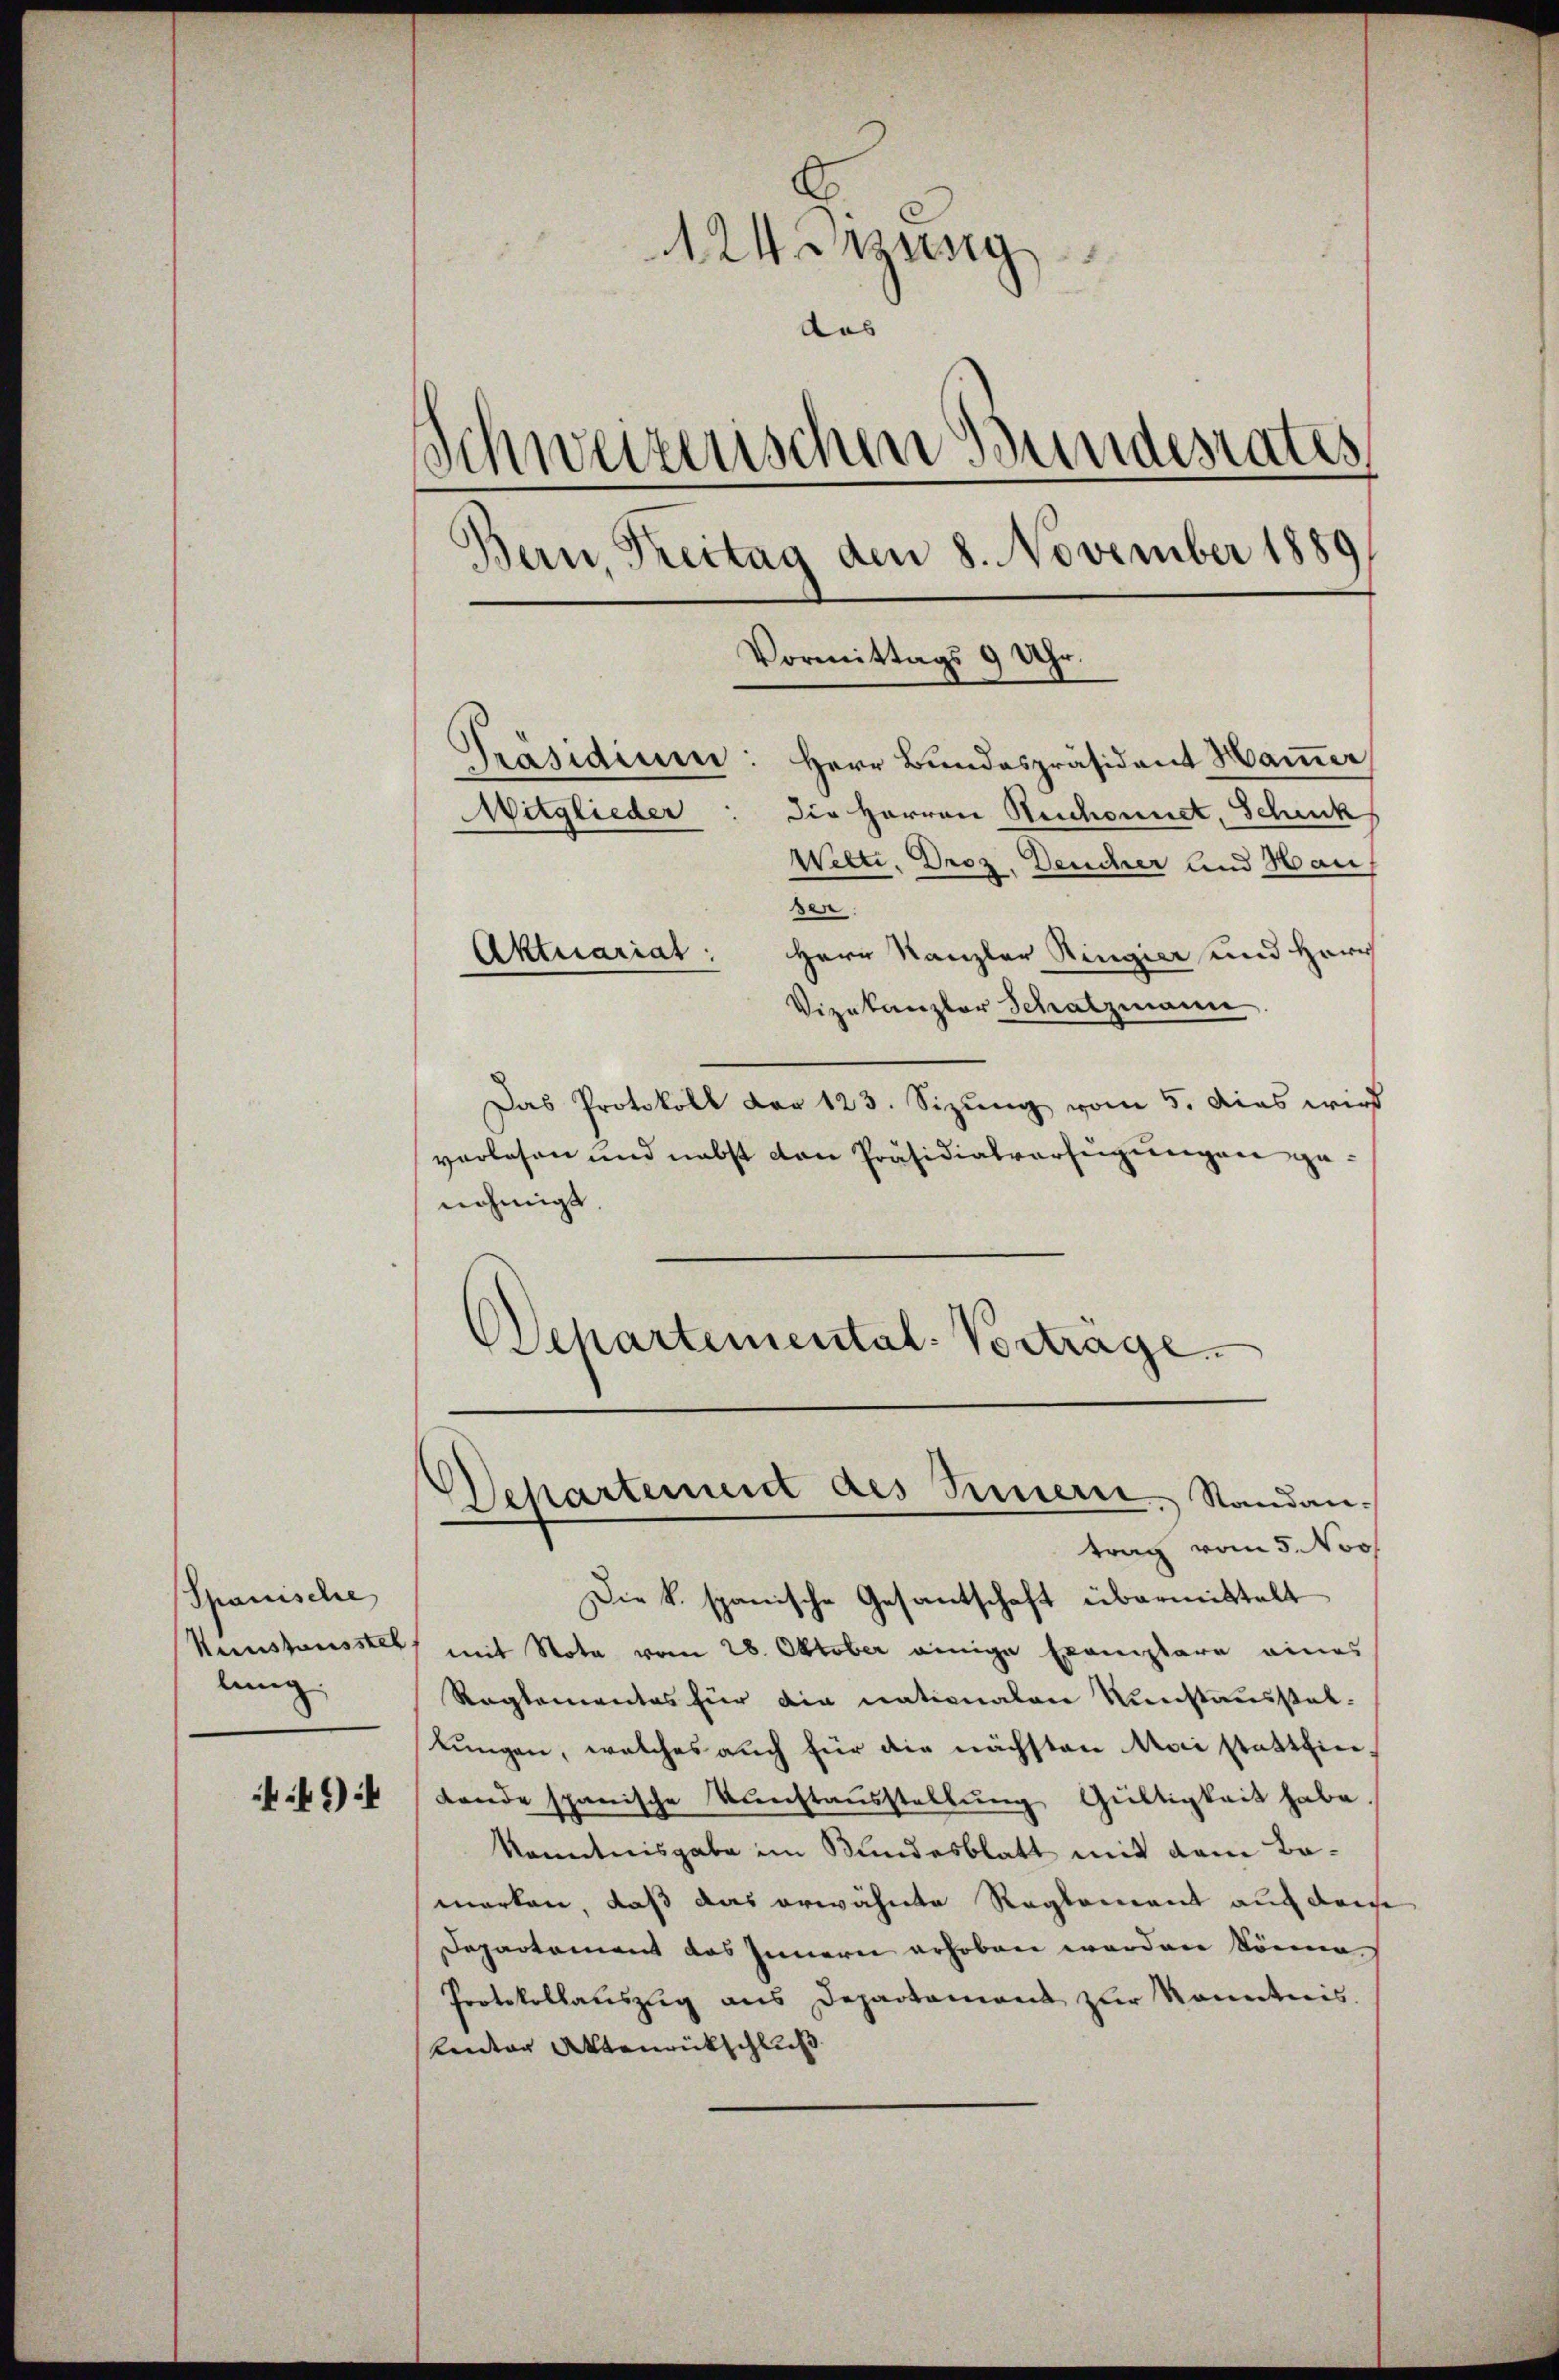
Spanische
Neustausstel
lung,

49

AWirung
das
Schweizerischen Bundesrates,
Bern, Brettag den 8. November 1889
Vormittags 9 Uhr.

Präsidium: Herr Bundespräsident Hamer
Die Herren Beschonnet, Schuck
Wilte. Droz. Deucher und Haus
sen.
Hern Kanzler Ringier und Herr
Vizekanzler Schatzmann
Das Protokoll der 123. Sizung vom 5. dies wird
verlesen und nebst von Präsidialverfügungen genehmigt
Departemental-Vorträge.

Mitglieder

Aktuariat

Departement des Innern. Standantrag vom 5. Nov.

Die k. spanische Gesantschaft übermittelt
mit Nota vom 28. Oktober einige Exemplare eines
Reglementes für die nationalen Kunstausstattungen, welches auch für die nächsten Mai statthier,
Lande spanische Kŭnstaŭsstellŭng Gültigkeit habe.
Kenntnisgabe im Bundesblatt mit dem Bamerken, daß das erwähnte Reglement auf dense
Departement das Innern erhoben werden könne.
Protokollauszug aus Departament zur Kenntnis
kanton Aktenrückschluß